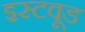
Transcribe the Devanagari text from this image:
इस्टवूड